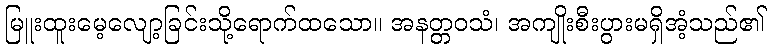
မြူးထူးမေ့လျော့ခြင်းသို့ရောက်ထသော။ အနတ္တဝသံ၊ အကျိုးစီးပွားမရှိအံ့သည်၏